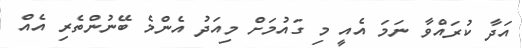
އަދާ ކުރައްވާ ނަމަ އެއީ މި ގައުމަށް މިއަދު އެންމެ ބޭނުންތެރި އެއް